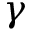
\gamma